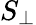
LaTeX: S_{\bot}